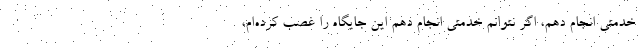
خدمتی انجام دهم، اگر نتوانم خدمتی انجام دهم این جایگاه را غصب کرده‌ام،